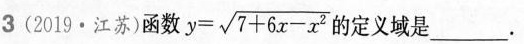
3(2019·江苏)函数 $$ y = \sqrt{ 7+6 x -x ^ { 2 } }$$ 的定义域是___。